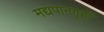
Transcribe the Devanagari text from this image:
मद्यपानगृहों